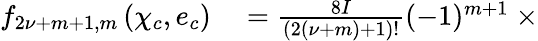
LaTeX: \begin{array}{rl}{f_{2\nu+m+1,m}\left(\chi_{c},e_{c}\right)}&{{}=\frac{8I}{\left(2\left(\nu+m\right)+1\right)!}(-1)^{m+1}\ \times}\end{array}